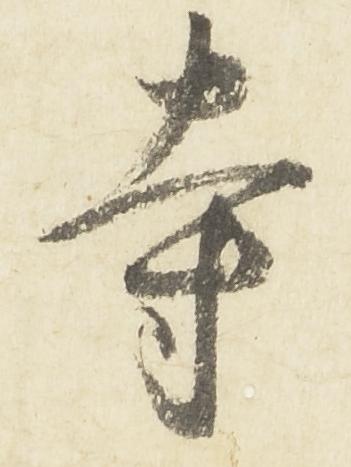
寺